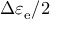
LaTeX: \Delta \varepsilon _ { \mathrm { e } } / 2